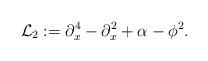
LaTeX: \begin{align*}\mathcal{L}_2:= \partial_x^4-\partial_x^2+\alpha-\phi^2.\end{align*}